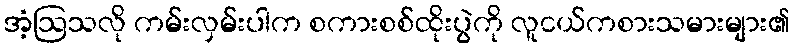
အံ့ဩသလို ကမ်းလှမ်းပါက စကားစစ်ထိုးပွဲကို လူငယ်ကစားသမားများ၏